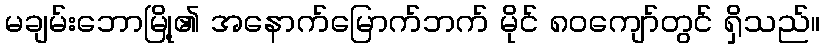
မချမ်းဘောမြို့၏ အနောက်မြောက်ဘက် မိုင် ၈၀ကျော်တွင် ရှိသည်။